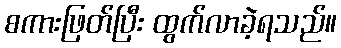
စကားဖြတ်ပြီး ထွက်လာခဲ့ရသည်။